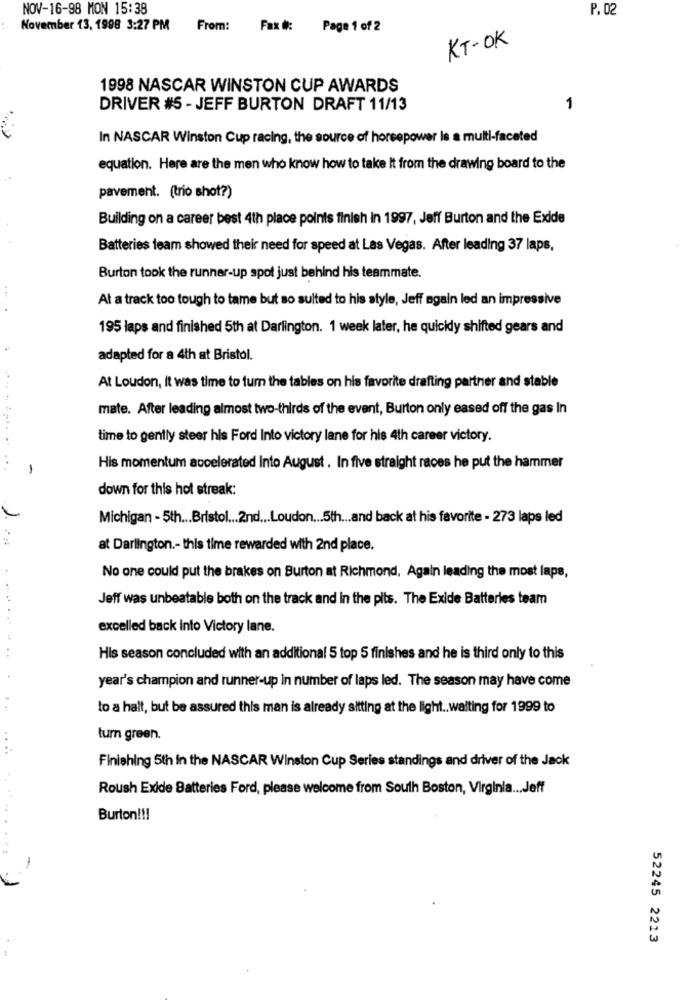
NOV-16-98 MON 15:38
P. 02
November 13, 1998 3:27 PM
From: Fax#: Page 1 of 2
KT-OK
1998 NASCAR WINSTON CUP AWARDS
DRIVER #5 - JEFF BURTON DRAFT 11/13
1
In NASCAR Winston Cup racing, the source of horsepower Is a multi-faceted
equation. Here are the men who know how to take It from the drawing board to the
pavement. (trio shot?)
Building on a career best 4th place points finish in 1997, Jeff Burton and the Exide
Batteries team showed their need for speed at Las Vegas. After leading 37 laps,
Burton took the runner-up spot just behind his teammate.
...
At a track too tough to tame but so sulted to his style, Jeff again led an impressive
195 laps and finished 5th at Darlington. 1 week later, he quickly shifted gears and
adapted for a 4th at Bristol.
At Loudon, it was time to turn the tables on his favorite drafting partner and stable
mate. After leading almost two-thirds of the event, Burton only eased off the gas In
time to gently steer his Ford Into victory lane for his 4th career victory.
1
His momentum accelerated Into August . In five straight races he put the hammer
down for this hot streak:
Michigan - 5th ... Bristol ... 2nd ... Loudon ... 5th ... and back at his favorite - 273 laps led
at Darlington .- this time rewarded with 2nd place.
No one could put the brakes on Burton at Richmond, Again leading the most laps,
Jeff was unbeatable both on the track and in the pits. The Exide Batteries team
excelled back into Victory lane.
His season concluded with an additional 5 top 5 finishes and he is third only to this
year's champion and runner-up in number of laps led. The season may have come
to a halt, but be assured this man is already sitting at the light .. waiting for 1999 to
turn green.
Finishing 5th in the NASCAR Winston Cup Series standings and driver of the Jack
Roush Exile Batteries Ford, please welcome from South Boston, Virginia ... Jeff
Burton !!!
-
52245 2213